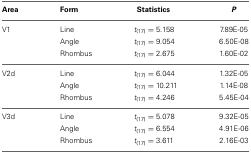
| Area | Form | Statistics | P |
 | --- | --- | --- | --- |
 | V1 | Line | t(17) = 5.158 | 7.89E-05 |
 |  | Angle | t(17) = 9.054 | 6.50E-08 |
 |  | Rhombus | t(17) = 2.675 | 1.60E-02 |
 | V2d | Line | t(17) = 6.044 | 1.32E-05 |
 |  | Angle | t(17) = 10.211 | 1.14E-08 |
 |  | Rhombus | t(17) = 4.246 | 5.45E-04 |
 | V3d | Line | t(17) = 5.078 | 9.32E-05 |
 |  | Angle | t(17) = 6.554 | 4.91E-06 |
 |  | Rhombus | t(17) = 3.611 | 2.16E-03 |